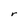
Character: r